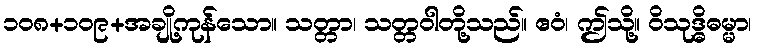
၁၀၈+၁၀၉+အချို့ကုန်သော။ သတ္တာ၊ သတ္တဝါတို့သည်။ ဧဝံ၊ ဤသို့။ ဝိသုဒ္ဓိဓမ္မာ၊